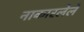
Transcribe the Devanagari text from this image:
नाकारलेले